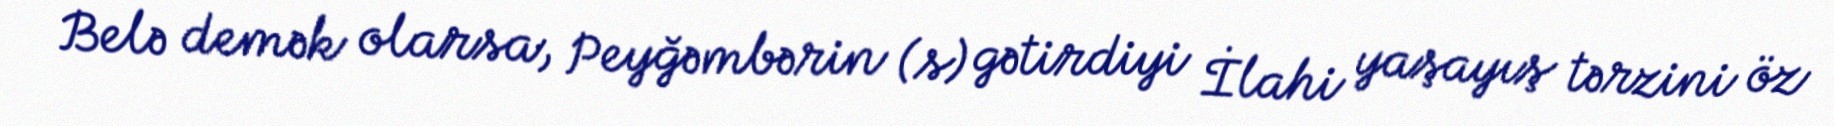
Belə demək olarsa, Peyğəmbərin (s) gətirdiyi İlahi yaşayış tərzini öz